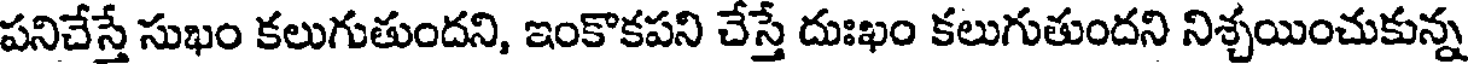
పనిచేస్తే సుఖం కలుగుతుందని, ఇంకొకపని చేస్తే దుఃఖం కలుగుతుందని నిశ్చయించుకున్న